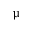
\upmu